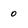
Character: o